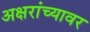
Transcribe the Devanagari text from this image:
अक्षरांच्यावर